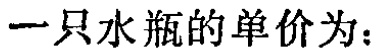
一只水瓶的单价为：